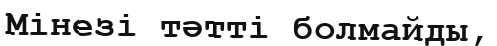
Мінезі тәтті болмайды,